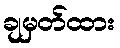
ချမှတ်ထား